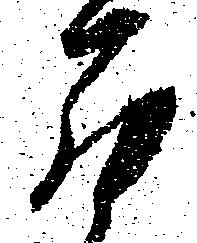
罷